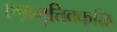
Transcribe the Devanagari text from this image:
एष़ामुत्तिक्कळि